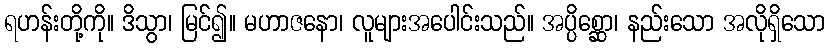
ရဟန်းတို့ကို။ ဒိသွာ၊ မြင်၍။ မဟာဇနော၊ လူများအပေါင်းသည်။ အပ္ပိစ္ဆော၊ နည်းသော အလိုရှိသော